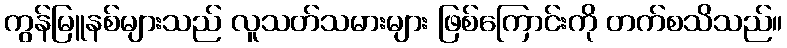
ကွန်မြူနစ်များသည် လူသတ်သမားများ ဖြစ်ကြောင်းကို တက်စသိသည်။